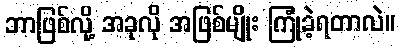
ဘာဖြစ်လို့ အခုလို အဖြစ်မျိုး ကြုံခဲ့ရတာလဲ။